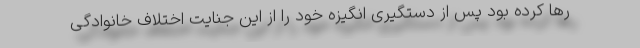
رها کرده بود پس از دستگیری انگیزه خود را از این جنایت اختلاف خانوادگی